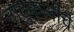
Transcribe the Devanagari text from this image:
नाटुकलीचे